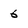
Character: 6